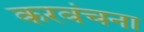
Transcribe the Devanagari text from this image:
करवंचना